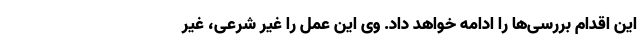
این اقدام بررسی‌ها را ادامه خواهد داد. وی این عمل را غیر شرعی، غیر